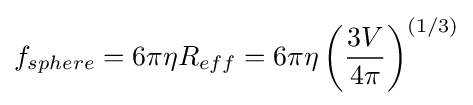
f_{sphere}=6\pi \eta R_{eff}=6\pi \eta \left({\frac {3V}{4\pi }}\right)^{(1/3)}